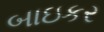
બાઇકર